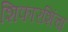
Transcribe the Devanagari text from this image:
शिफारशिंचा